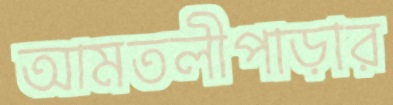
আমতলীপাড়ার